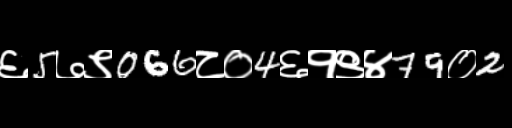
Text: ६5७९066८०4६१९४79०2